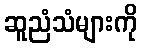
ဆူညံသံများကို